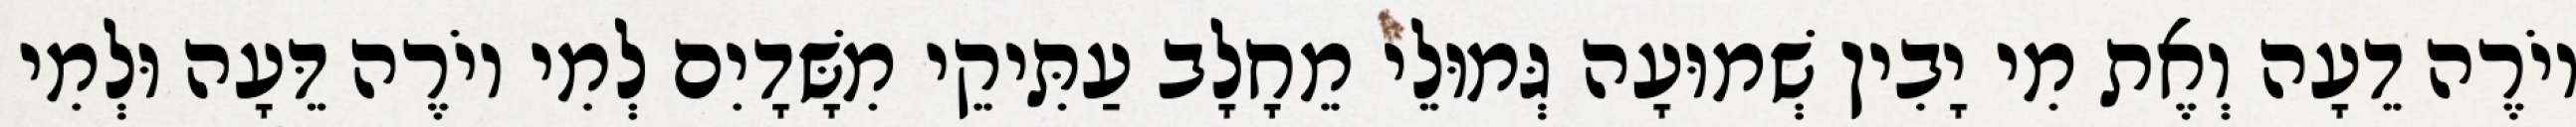
יוֹרֶה דֵעָה וְאֶת מִי יָבִין שְׁמוּעָה גְּמוּלֵי מֵחָלָב עַתִּיקֵי מִשָּׁדָיִם לְמִי יוֹרֶה דֵּעָה וּלְמִי